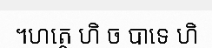
។ហត្ថេ ហិ ច បាទេ ហិ